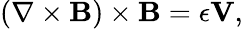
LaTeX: \begin{array}{r}{\left(\nabla\times{\mathbf B}\right)\times{\mathbf B}=\epsilon{\mathbf V},}\end{array}